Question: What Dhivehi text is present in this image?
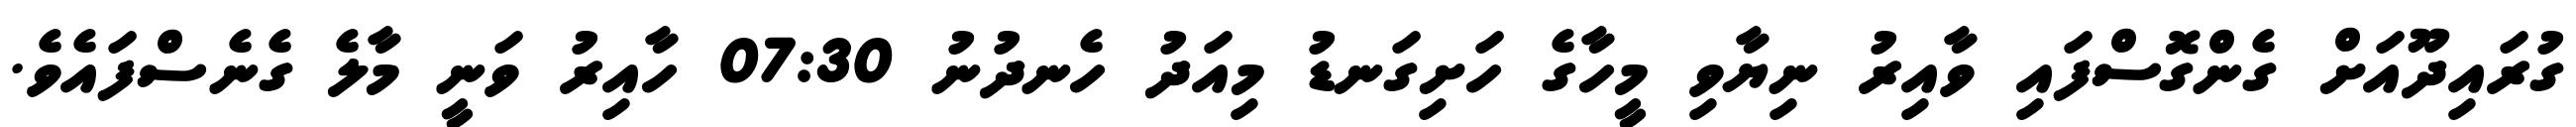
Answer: ގުރައިދޫއަށް ގެންގޮސްފައި ވާއިރު ނިޔާވި މީހާގެ ހަށިގަނޑު މިއަދު ހެނދުނު 07:30 ހާއިރު ވަނީ މާލެ ގެނެސްފައެވެ.